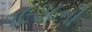
૧૯૩૮ની